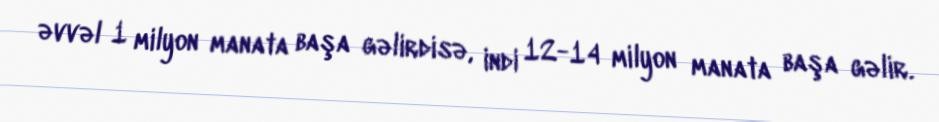
əvvəl 1 milyon manata başa gəlirdisə, indi 12-14 milyon manata başa gəlir.